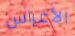
الأعراس